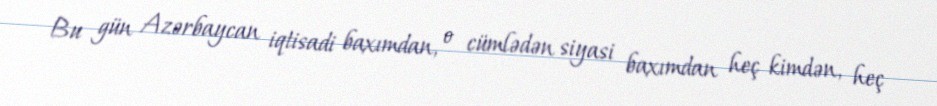
Bu gün Azərbaycan iqtisadi baxımdan, o cümlədən siyasi baxımdan heç kimdən, heç